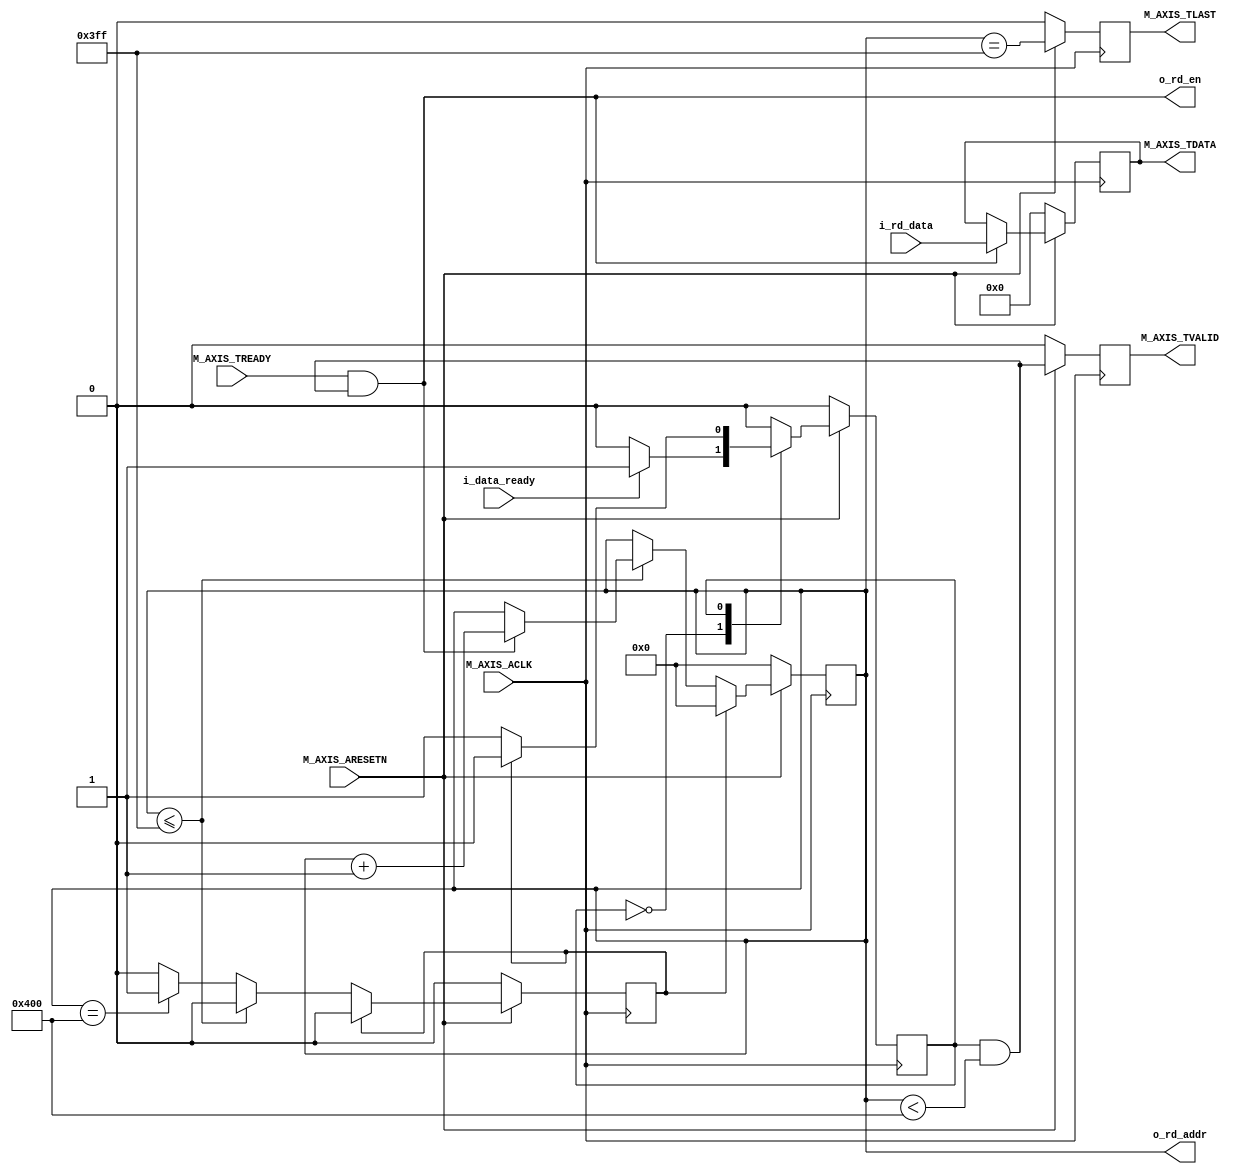

`timescale 1 ns / 1 ps

module vector_stream_alu_v1_0_M00_AXIS #
(
  // Users to add parameters here

  // User parameters ends
  // Do not modify the parameters beyond this line

  // Width of S_AXIS address bus. The slave accepts the read and write addresses of width C_M_AXIS_TDATA_WIDTH.
  parameter integer C_M_AXIS_TDATA_WIDTH	= 32,
  parameter integer C_M_AXIS_MAX_INPUT_WORDS = 1024,
  parameter integer MEM_ADDR_W               = clogb2(C_M_AXIS_MAX_INPUT_WORDS)
  )
  (
    // Users to add ports here
    input wire                              i_data_ready,
    output wire                             o_rd_en,
    output wire [MEM_ADDR_W - 1:0]          o_rd_addr,
    input wire [C_M_AXIS_TDATA_WIDTH - 1:0] i_rd_data,

    // User ports ends
    // Do not modify the ports beyond this line

    // Global ports
    input wire  M_AXIS_ACLK,
    // 
    input wire  M_AXIS_ARESETN,
    // Master Stream Ports. TVALID indicates that the master is driving a valid transfer, A transfer takes place when both TVALID and TREADY are asserted. 
    output wire  M_AXIS_TVALID,
    // TDATA is the primary payload that is used to provide the data that is passing across the interface from the master.
    output wire [C_M_AXIS_TDATA_WIDTH-1 : 0] M_AXIS_TDATA,
    // TSTRB is the byte qualifier that indicates whether the content of the associated byte of TDATA is processed as a data byte or a position byte.
    //output wire [(C_M_AXIS_TDATA_WIDTH/8)-1 : 0] M_AXIS_TSTRB,
    // TLAST indicates the boundary of a packet.
    output wire  M_AXIS_TLAST,
    // TREADY indicates that the slave can accept a transfer in the current cycle.
    input wire  M_AXIS_TREADY
  );
  // Total number of output data                                                 
  localparam NUMBER_OF_OUTPUT_WORDS = C_M_AXIS_MAX_INPUT_WORDS; 

  // function called clogb2 that returns an integer which has the                      
  // value of the ceiling of the log base 2.                                           
  function integer clogb2 (input integer bit_depth);                                   
    begin                                                                              
      for(clogb2=0; bit_depth>0; clogb2=clogb2+1)                                      
        bit_depth = bit_depth >> 1;                                                    
    end                                                                                
  endfunction                                                                          


  // Define the states of state machine                                                
  // The control state machine oversees the writing of input streaming data to the mem,
  // and outputs the streaming data from the mem                                      
  localparam [0:0] IDLE = 1'b0;        // This is the initial/idle state               

  // the state machine changes state to SEND_STREAM     
  localparam [0:0] SEND_STREAM  = 1'b1; // In this state the                          
  // stream data is output through M_AXIS_TDATA   
  // State variable                                                                    
  reg  [0:0] mst_exec_state;                                                            
  // Example design mem read pointer                                                  
  reg [MEM_ADDR_W-1:0] read_pointer;                                                      

  // AXI Stream internal signals
  //streaming data valid
  wire  	axis_tvalid;
  //streaming data valid delayed by one clock cycle
  reg  	axis_tvalid_delay;
  //Last of the streaming data 
  wire  	axis_tlast;
  //Last of the streaming data delayed by one clock cycle
  reg  	axis_tlast_delay;
  //mem implementation signals
  reg [C_M_AXIS_TDATA_WIDTH-1 : 0] 	stream_data_out;
  wire  	tx_en;
  //The master has issued all the streaming data stored in mem
  reg  	tx_done;


  // I/O Connections assignments

  assign M_AXIS_TVALID	= axis_tvalid_delay;
  assign M_AXIS_TDATA	= stream_data_out;
  assign M_AXIS_TLAST	= axis_tlast_delay;



  // Control state machine implementation                             
  always @(posedge M_AXIS_ACLK)                                             
  begin                                                                     
    if (!M_AXIS_ARESETN)                                                    
      // Synchronous reset (active low)                                       
    begin                                                                 
      mst_exec_state <= IDLE;                                             
    end                                                                   
    else                                                                    
      case (mst_exec_state)                                                 
        IDLE:                                                               
          //wait for data to be ready from the SLAVE side
          if (i_data_ready == 1'b1) 
          begin
            mst_exec_state <= SEND_STREAM;
          end

        SEND_STREAM:                                                        
          // The example design streaming master functionality starts       
          // when the master drives output tdata from the mem and the slave
          // has finished storing the S_AXIS_TDATA                          
          if (tx_done)                                                      
          begin                                                           
            mst_exec_state <= IDLE;                                       
          end                                                             
          else                                                              
          begin                                                           
            mst_exec_state <= SEND_STREAM;                                
          end                                                             
      endcase                                                               
  end                                                                       


  //tvalid generation
  //axis_tvalid is asserted when the control state machine's state is SEND_STREAM and
  //number of output streaming data is less than the NUMBER_OF_OUTPUT_WORDS.
  assign axis_tvalid = ((mst_exec_state == SEND_STREAM) && (read_pointer < NUMBER_OF_OUTPUT_WORDS));

  // AXI tlast generation                                                                        
  // axis_tlast is asserted number of output streaming data is NUMBER_OF_OUTPUT_WORDS-1          
  // (0 to NUMBER_OF_OUTPUT_WORDS-1)                                                             
  assign axis_tlast = (read_pointer == NUMBER_OF_OUTPUT_WORDS-1);                                


  // Delay the axis_tvalid and axis_tlast signal by one clock cycle                              
  // to match the latency of M_AXIS_TDATA                                                        
  always @(posedge M_AXIS_ACLK)                                                                  
  begin                                                                                          
    if (!M_AXIS_ARESETN)                                                                         
    begin                                                                                      
      axis_tvalid_delay <= 1'b0;                                                               
      axis_tlast_delay <= 1'b0;                                                                
    end                                                                                        
    else                                                                                         
    begin                                                                                      
      axis_tvalid_delay <= axis_tvalid;                                                        
      axis_tlast_delay <= axis_tlast;                                                          
    end                                                                                        
  end                                                                                            


  //read_pointer pointer

  always@(posedge M_AXIS_ACLK)                                               
  begin                                                                            
    if(!M_AXIS_ARESETN)                                                            
    begin                                                                        
      read_pointer <= 0;                                                         
      tx_done <= 1'b0;                                                           
    end                                                                          
    else                                                                           
      if (tx_done == 1'b1) 
      begin
        tx_done <= 1'b0;
        read_pointer <= 'b0;
      end
      else
      begin
        if (read_pointer <= NUMBER_OF_OUTPUT_WORDS-1)                                
        begin                                                                      
          if (tx_en)                                                               
            // read pointer is incremented after every read from the mem          
            // when mem read signal is enabled.                                   
          begin                                                                  
            read_pointer <= read_pointer + 1;                                    
            tx_done <= 1'b0;                                                     
          end                                                                    
        end                                                                        
        else if (read_pointer == NUMBER_OF_OUTPUT_WORDS)                             
        begin                                                                      
          // tx_done is asserted when NUMBER_OF_OUTPUT_WORDS numbers of streaming data
          // has been out.                                                         
          tx_done <= 1'b1;                                                         
        end                                                                        
      end
  end                                                                              


  //mem read enable generation 

  assign tx_en = M_AXIS_TREADY && axis_tvalid;   
  assign o_rd_addr = read_pointer;
  assign o_rd_en = tx_en;

  // Streaming output data is read from mem       
  always @( posedge M_AXIS_ACLK )                  
  begin                                            
    if(!M_AXIS_ARESETN)                            
    begin                                        
      stream_data_out <= 0;                      
    end                                          
    else if (tx_en)
    begin                                        
      stream_data_out <= i_rd_data;   
    end                                          
  end                                              


endmodule